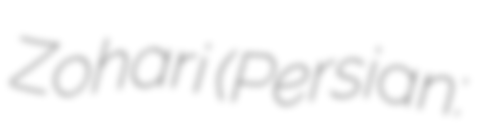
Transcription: Zohari (Persian: محمد